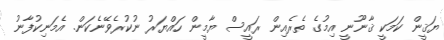
ޔަޤީން ކަމަކީ ޤާނޫނީ އިމުގެ ތެރެއިން ރައީސް ޔާމީން ހައްޔަރު ނުކުރެވޭނެކަން. އެމަނިކުފާނު